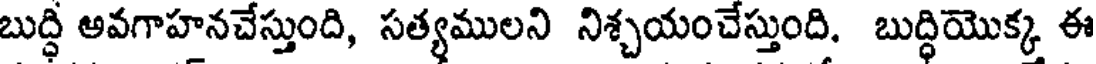
బుద్ధి ఆవగాహనచేస్తుంది, సత్యములని నిశ్చయంచేస్తుంది, బుద్ధియొక్క ఈ